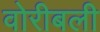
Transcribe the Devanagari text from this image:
वोरीबली